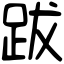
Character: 跋